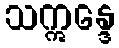
သဣန္ဒေ